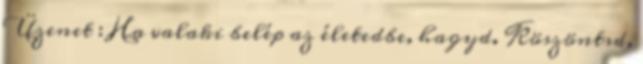
Üzenet : Ha valaki belép az életedbe, hagyd. Köszöntsd,